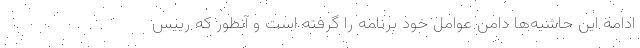
ادامه این حاشیه‌ها دامن عوامل خود برنامه را گرفته است و آنطور که رییس